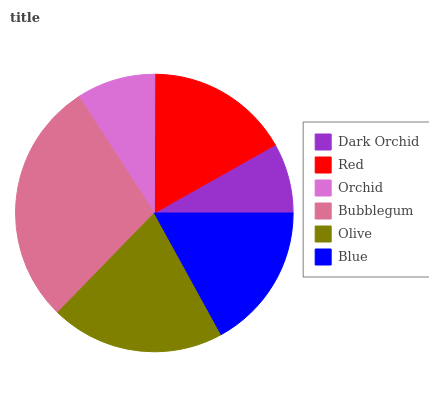
| Dark Orchid | Red | Orchid | Bubblegum | Olive | Blue |
 | --- | --- | --- | --- | --- | --- |
 | 8.17% | 16.7% | 9.2% | 28.7% | 20.2% | 17% |